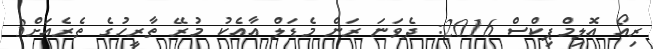
ރިއޯ އޮލިމްޕިކްސް 2016: ދެވަނަ ރަން މެޑަލް އާއެކު މުރޭ ތާރީހުގެ ތެރެއަށް3